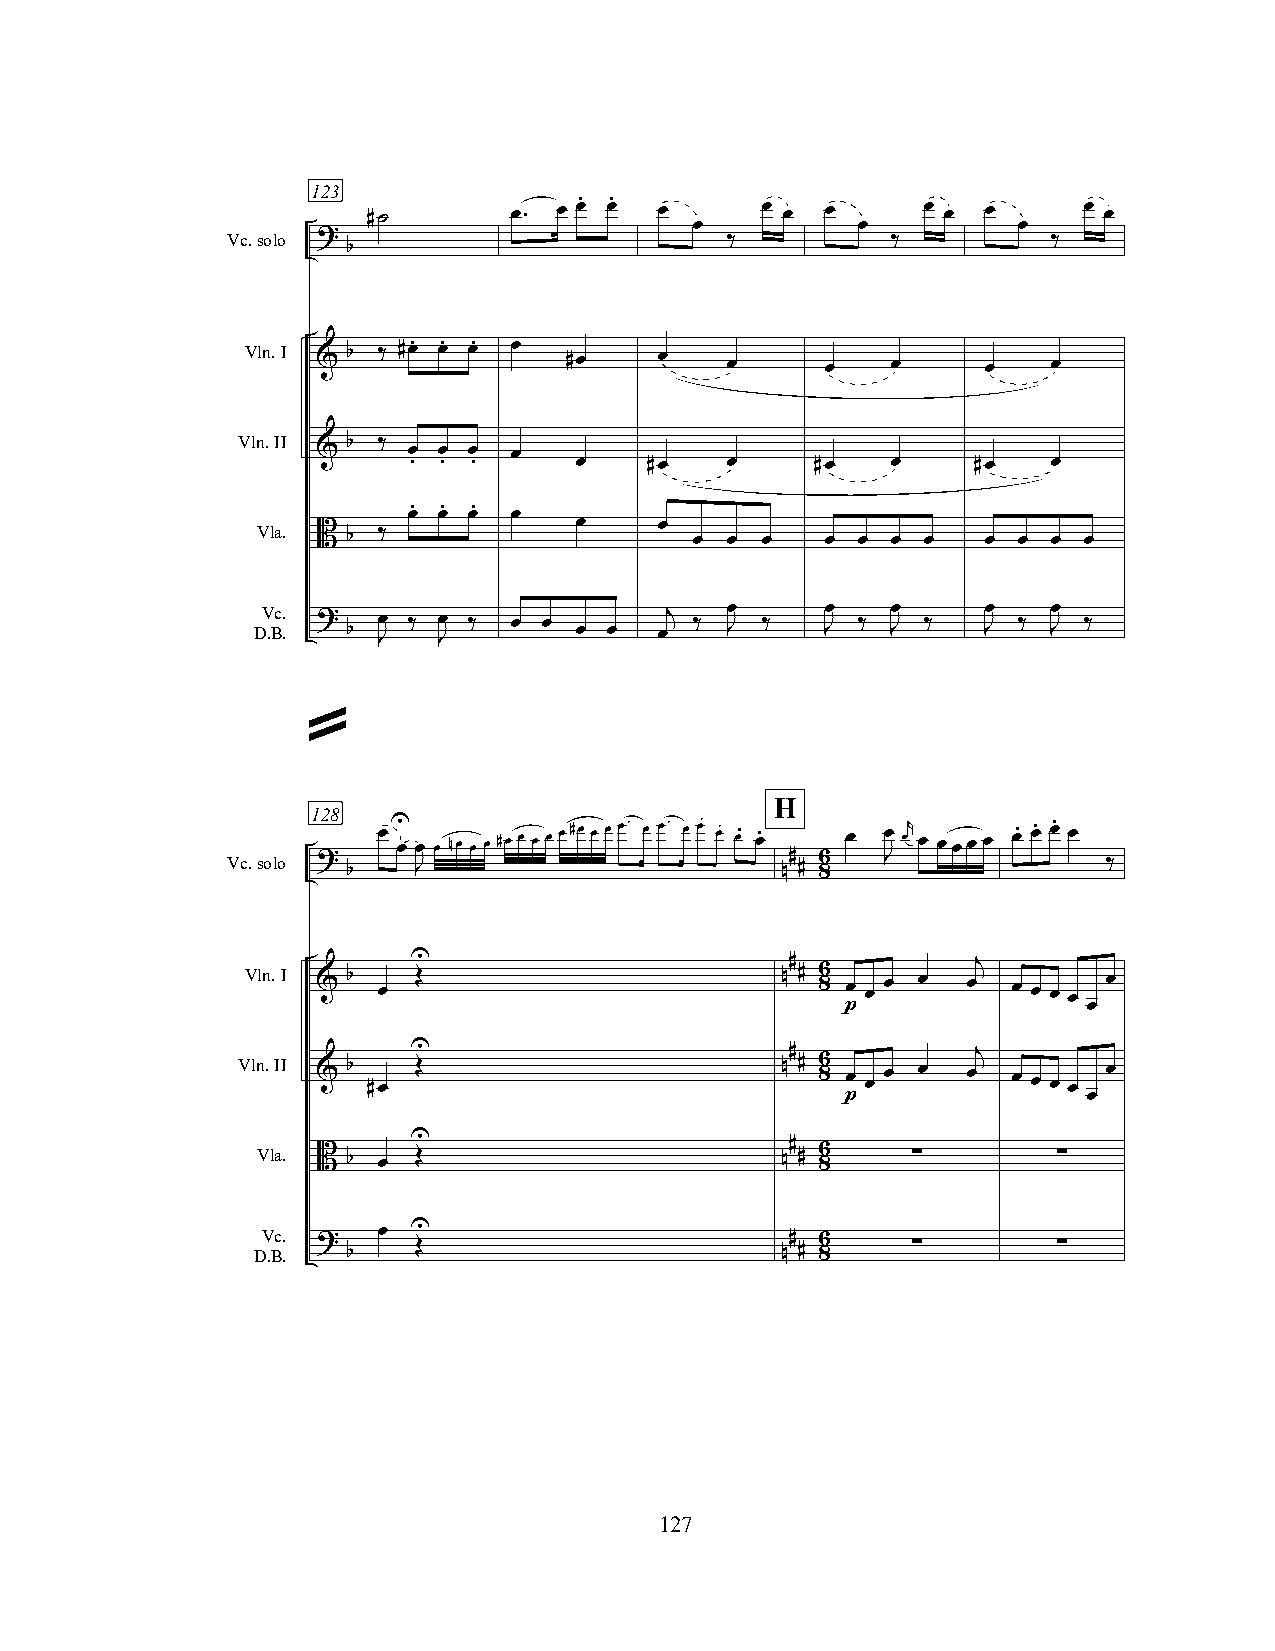
123
 . .
 #˙        œ. œ œ œ  œ     œ œ  œ     œ œ œ      œ œ
 œ          œ         œ
 Vc.solo ?
 ‰          ‰          ‰
 b
 Vln.I
 & b ‰
 #œ. œ. œ. œ
 #œ     œ   œ      œ   œ     œ    œ
 Vln.II
 b ‰
 &     œ œ œ  œ
 . . .      œ    #œ   œ     #œ   œ     #œ   œ
 . . .
 œ œ œ  œ
 Vla.                 œ     œ
 B b ‰                    œ œ œ    œ œ œ œ   œ œ  œ œ
 Vc.                            œ      œ   œ     œ    œ
 D.B. ? b Jœ ‰ Jœ ‰ œ œ œ œ œj ‰ J ‰   J ‰ J ‰   J ‰  J ‰
 »
 H
 128
 œU œ œ œ nœ œ œ #œ œ œ œ œ#œ œ œ œ. œ œ. œ œ. œ. œ. œ. œ œ œr œ œœœ œ œ. œ. œ. œ
 Vc.solo ?                            # 6    J
 b   J                        n # 8                ‰
 Vln.I & b œ U Œ                     n# # 86 œ œ œ œ œj œ œ œ œ œ
 p               œ
 Vln.II & b #œ U Œ                   n# # 86 œ œ œ œ œj œ œ œ œ œ
 p               œ
 U
 Vla.                               # 6
 B b œ Œ                        n # 8   ∑         ∑
 Vc.     œ U
 ?                              # 6
 D.B.  b   Œ                        n # 8   ∑         ∑
 127